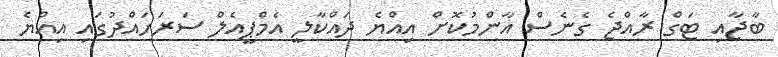
ބާޖާއި ޓަގް ރާއްޖެ ގެނެސް އާންމުކޮށް އިއްޔެ ދައްކާލީ އެމްޕީއެލް ސަރަަހައްދުގައި އިއްޔެ